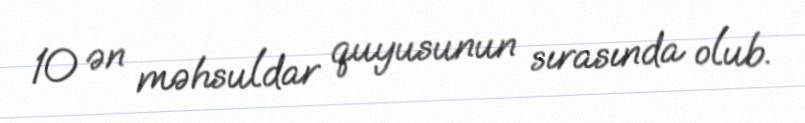
10 ən məhsuldar quyusunun sırasında olub.